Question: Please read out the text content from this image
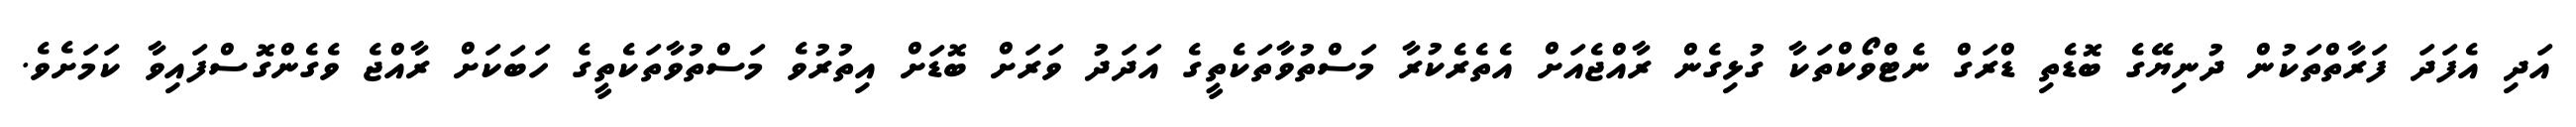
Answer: އަދި އެފަދަ ފަރާތްތަކުން ދުނިޔޭގެ ބޮޑެތި ޑްރަގް ނެޓްވޯކްތަކާ ގުޅިގެން ރާއްޖެއަށް އެތެރެކުރާ މަސްތުވާތަކެތީގެ އަދަދު ވަރަށް ބޮޑަށް އިތުރުވެ މަސްތުވާތަކެތީގެ ހަބަކަށް ރާއްޖެ ވެގެންގޮސްފައިވާ ކަމަށެވެ.